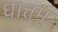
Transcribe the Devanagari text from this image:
धात्तम्‌